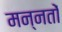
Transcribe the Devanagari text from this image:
मन्नतों